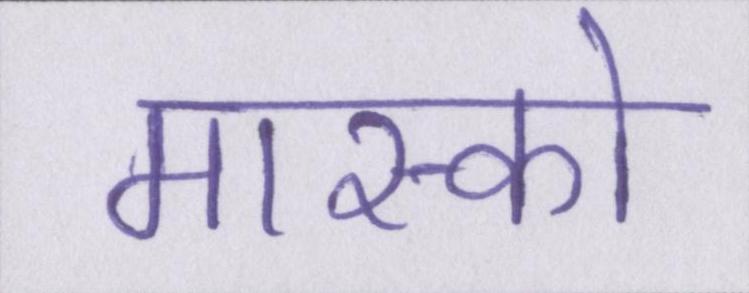
मास्को